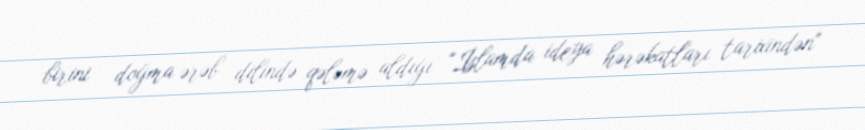
birini – doğma ərəb dilində qələmə aldığı "İslamda ideya hərəkatları tarixindən"